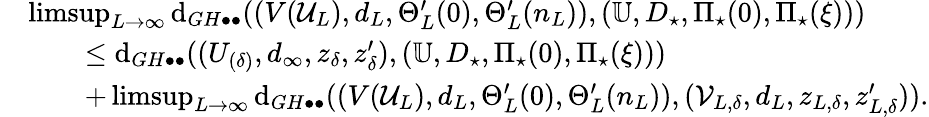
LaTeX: \begin{array}{rl}&{\operatorname*{limsup}_{L\to\infty}\mathrm{d}_{GH\bullet\bullet}((V(\mathcal{U}_{L}),d_{L},\Theta_{L}^{\prime}(0),\Theta_{L}^{\prime}(n_{L})),(\mathbb{U},D_{\star},\Pi_{\star}(0),\Pi_{\star}(\xi)))}\\ &{\qquad\leq\mathrm{d}_{GH\bullet\bullet}((U_{(\delta)},d_{\infty},z_{\delta},z_{\delta}^{\prime}),(\mathbb{U},D_{\star},\Pi_{\star}(0),\Pi_{\star}(\xi)))}\\ &{\qquad+\operatorname*{limsup}_{L\to\infty}\mathrm{d}_{GH\bullet\bullet}((V(\mathcal{U}_{L}),d_{L},\Theta_{L}^{\prime}(0),\Theta_{L}^{\prime}(n_{L})),(\mathcal{V}_{L,\delta},d_{L},z_{L,\delta},z_{L,\delta}^{\prime})).}\end{array}